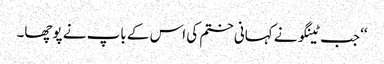
‘‘ جب ٹینگو نے کہانی ختم کی اس کے باپ نے پوچھا۔